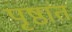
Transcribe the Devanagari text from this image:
पृष्ठांत